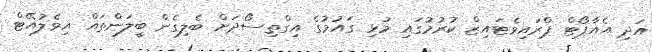
އަދި އެއާޕޯޓް ޕްރައިވެޓައިޒް ކުރުމުގައި މުޅި ގައުމުގެ އިގްތިސޯދަށް ބެލިގެން ބީލަންތައް އިވެލުއޭޓް